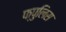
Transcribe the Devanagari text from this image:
फ्पुलिस